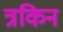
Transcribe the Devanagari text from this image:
त्रकिन